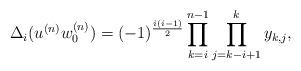
LaTeX: \begin{align*} \Delta_i(u^{(n)}w_0^{(n)})=(-1)^{\frac{i(i-1)}{2}}\prod_{k=i}^{n-1}\prod_{j=k-i+1}^{k}y_{k,j},\end{align*}